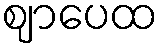
ဈာပေထ